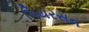
પિયરસન